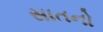
સાતનો